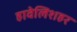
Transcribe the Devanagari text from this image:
हावेलिशहर